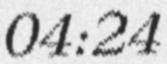
04:24